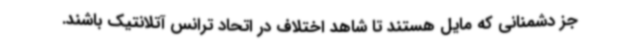
جز دشمنانی که مایل هستند تا شاهد اختلاف در اتحاد ترانس آتلانتیک باشند.